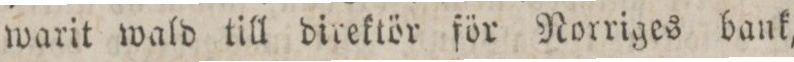
warit wald till direktör för Norriges bank,